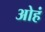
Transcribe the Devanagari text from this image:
ओहं